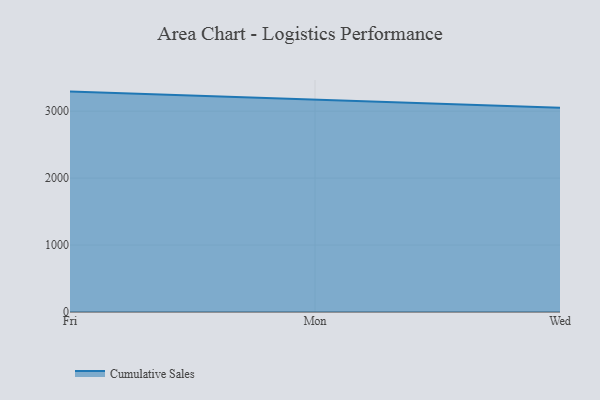
{"axis": {"x": "Day", "y": "Humidity (%)"}, "legend": ["Cumulative Sales"], "data": [{"x": "Fri", "y": 3291.8, "type": "Cumulative Sales"}, {"x": "Mon", "y": 3170.8, "type": "Cumulative Sales"}, {"x": "Wed", "y": 3048.8, "type": "Cumulative Sales"}]}